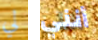
لي أنني